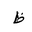
Letter: _za